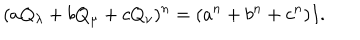
( a Q _ { \lambda } + b Q _ { \mu } + c Q _ { \nu } ) ^ { n } = ( a ^ { n } + b ^ { n } + c ^ { n } ) I .